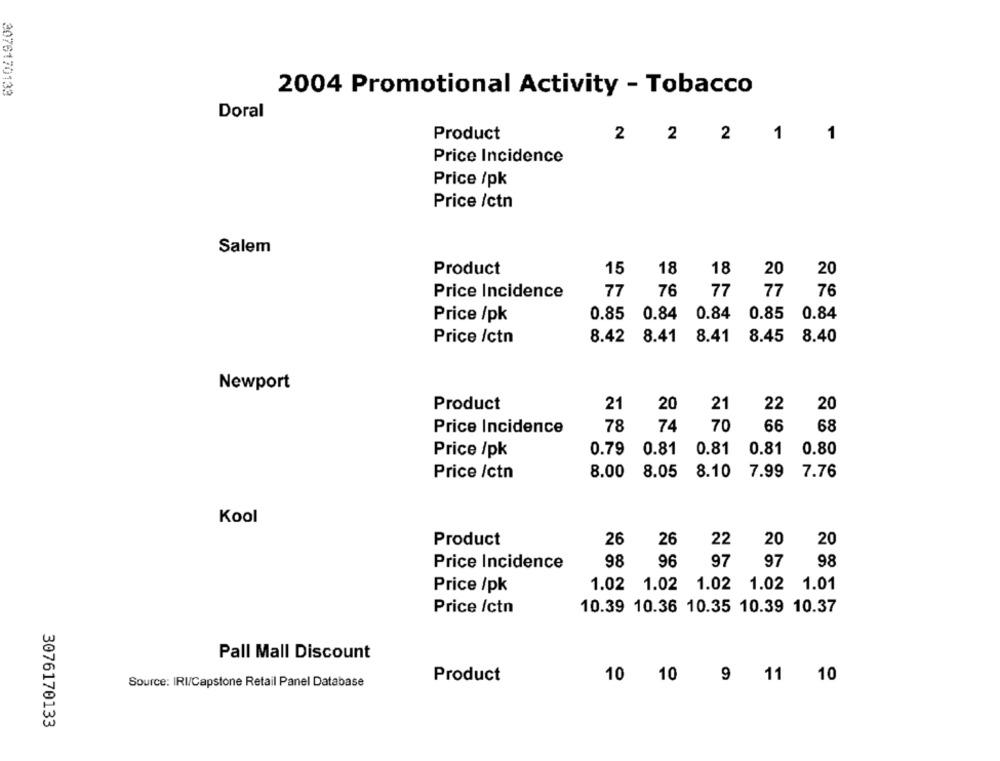
3076170133
2004 Promotional Activity - Tobacco
Doral
Product
2 2 2 1
1
Price Incidence
Price /pk
Price /ctn
Salem
Product
15
18
18
20
20
Price Incidence
77
76
77
77
76
Price /pk
0.85
0.84
0.84 0.85
0.84
Price /ctn
8.42
8.41
8.41
8.45
8.40
Newport
Product
21
20
21
22
20
78
74
70
66
68
Price Incidence
0.81
0.81
0.81
0.80
Price /pk
0.79
8.10
Price /ctn
8.00
8.05
7.99
7.76
Kool
26
22
20
20
Product
26
98
96
97
97
98
Price Incidence
1.02 1.02 1.02 1.02 1.01
Price /pk
Price /ctn
10.39 10.36 10.35 10.39 10.37
Pall Mall Discount
Product
9 11 10
Source: IRI/Capstone Retail Panel Database
10 10
3076170133